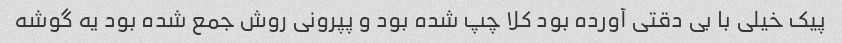
پیک خیلی با بی دقتی آورده بود کلا چپ شده بود و پپرونی روش جمع شده بود یه گوشه